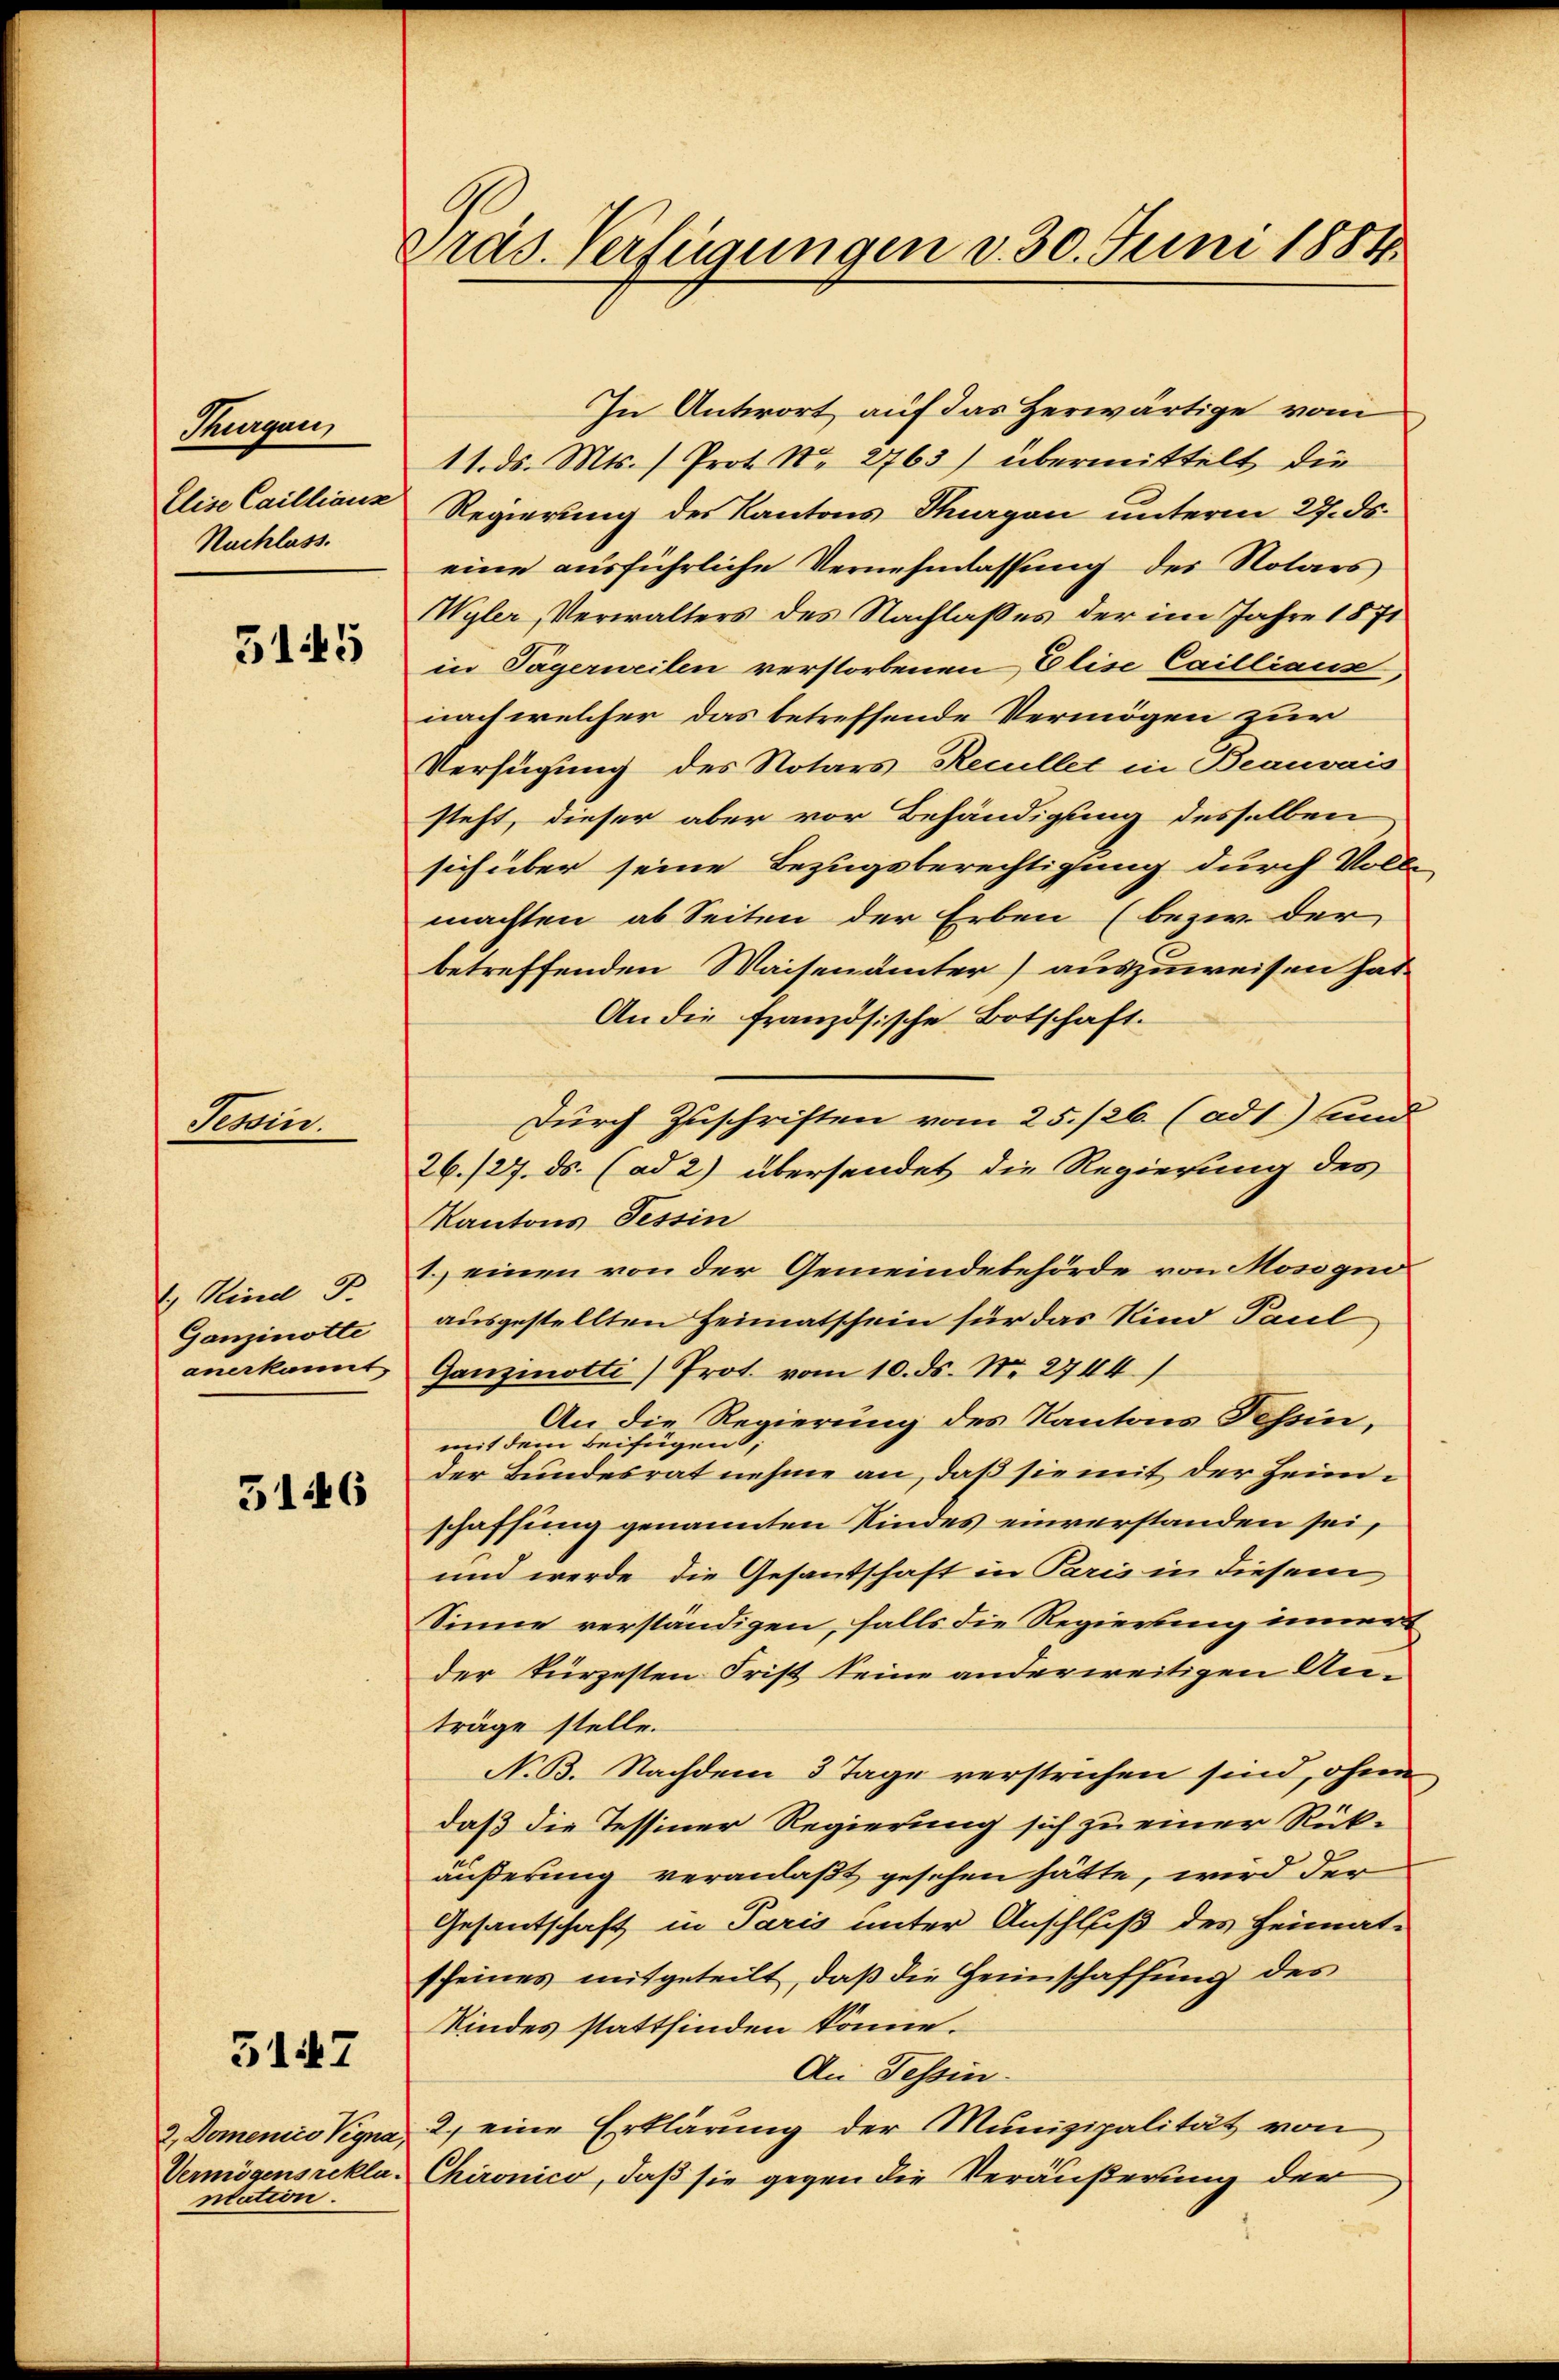
Hungen,
Elise Caillians
Nachlass.

5145

Sohin

2 Kind P
Ganzinotte
anerkannt,

5146

3147

2, Domenico Vegna,
Vermögensrekla
nlation.

Pras. Verfügungen d. 30. Juni 1884.

In Antwort auf das Herwärtige vom
11. ds. Mts. ) Prot. No 2763) übermittelt die
Regierung des Kantons Thurgau unterm 27. ds.
eine ausführliche Vernehmlassung des Notars
Wyler, Verwalters des Nachlasses der im Jahre 1871
in Tägerweilen verstorbenen Elise Caillians
nach welcher das betreffende Vermögen zur
Verfügung des Notars Recullet in Beauvais
steht, dieser aber vor Behändigung desselben
sich über seine Bezugsberechtigung durch Voll-
machten ab Seiten der Erben (bezw. der
betreffenden Waisenämter) auszuweisen hat
An die französische Botschaft.
Durch Zuschriften vom 25./26. (ad1) und
26./27. ds. (ad 2) übersendet die Regierung des
Kantons Tessin
1.) einen von der Gemeindebehörde von Mosognoausgestellten Heimatschein für das Kind Paul
Ganzmotti) Prot. vom 10. ds. No. 2744.)
An die Regierung des Kantons Tessin,
mit dem Beifügen;
der Bundesrat nehme an, daß sie mit der Heimschaffung genannten Kindes einverstanden sei,
und werde die Gesantschaft in Paris in diesem
Sinne verständigen, falls die Regierung immer
der kürzesten Frist keine anderweitigen An-
träge stelle.
N. B. Nachdem 3 Tage verstrichen sind, ohne
daß die Tessiner Regierung sich zu einer Rückäußerung veranlaßt gesehen hätte, wird der
Gesantschaft in Paris unter Anschluß des Heimat-
scheines mitgeteilt, daß die Heimschaffung des
Kindes stattfinden könne.
An Tessin.
2. eine Erklärŭng der Munizipalität von
Chironico, daß sie gegen die Veräußerung der